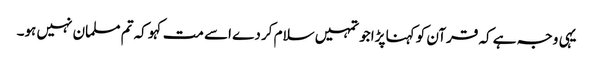
یہی وجہ ہے کہ قرآن کو کہنا پڑا جو تمہیں سلام کر دے اسے مت کہو کہ تم مسلمان نہیں ہو۔